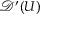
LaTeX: { \mathcal { D } } ^ { \prime } ( U )